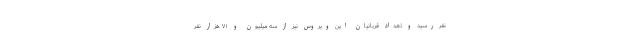
نفر رسید و تعداد قربانیان این ویروس نیز از سه میلیون و ۷۱ هزار نفر